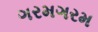
ગરમગરમ